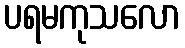
ပရမကုသလော